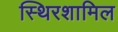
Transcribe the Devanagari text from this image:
स्थिरशामिल